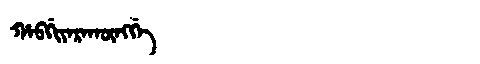
Manchu: ᡥᠠᠪᡤᡳᠶᠠᡵᠠᡴᡡᠩᡤᡝ
Romanization: HABGIYARAKŪNGGE